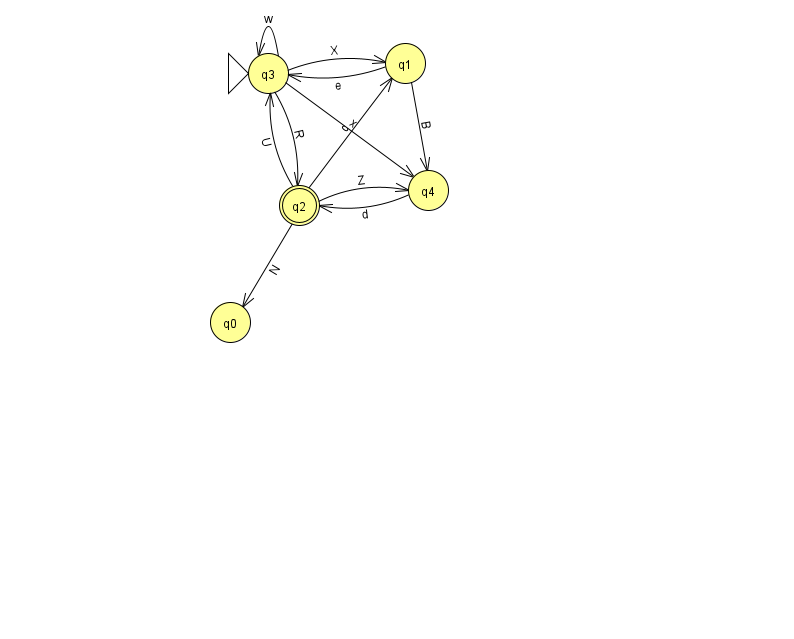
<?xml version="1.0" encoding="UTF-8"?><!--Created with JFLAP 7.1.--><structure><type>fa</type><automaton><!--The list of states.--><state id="0" name="q0"><x>230.0</x><y>309.0</y></state><state id="1" name="q1"><x>405.0</x><y>50.0</y></state><state id="2" name="q2"><x>299.0</x><y>192.0</y><final/></state><state id="3" name="q3"><x>268.0</x><y>60.0</y><initial/></state><state id="4" name="q4"><x>428.0</x><y>177.0</y></state><!--The list of transitions.--><transition><from>2</from><to>1</to><read>c</read></transition><transition><from>2</from><to>0</to><read>N</read></transition><transition><from>2</from><to>4</to><read>Z</read></transition><transition><from>3</from><to>1</to><read>X</read></transition><transition><from>3</from><to>3</to><read>w</read></transition><transition><from>3</from><to>4</to><read>x</read></transition><transition><from>4</from><to>2</to><read>d</read></transition><transition><from>2</from><to>3</to><read>U</read></transition><transition><from>1</from><to>3</to><read>e</read></transition><transition><from>1</from><to>4</to><read>B</read></transition><transition><from>3</from><to>2</to><read>R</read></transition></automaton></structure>